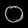
Digit: ၀